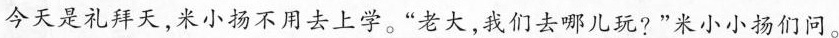
今天是礼拜天,米小扬不用去上学。“老大，我们去哪儿玩?"米小小扬们问